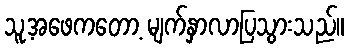
သူ့အဖေကတော့ မျက်နှာလာပြသွားသည်။